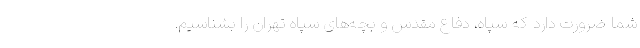
شما ضرورت دارد که سپاه، دفاع مقدس و بچه‌های سپاه تهران را بشناسیم.